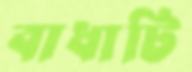
বাধাটি